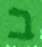
ב